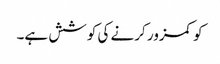
کو کمزور کرنے کی کوشش ہے۔